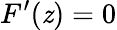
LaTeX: F^{\prime}(\mathit{z})=0